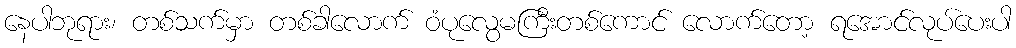
နေပါဘုရား၊ တစ်သက်မှာ တစ်ခါလောက် ဝံပုလွေမကြီးတစ်ကောင် လောက်တော့ ရအောင်လုပ်ပေးပါ